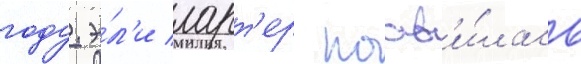
году. э́л'и ларт'ер поав'и́лась